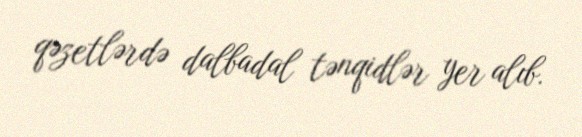
qəzetlərdə dalbadal tənqidlər yer alıb.